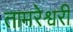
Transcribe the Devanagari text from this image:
तामरेश्वरी